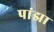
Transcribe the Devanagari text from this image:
पांझा